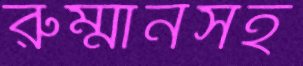
রুম্মানসহ